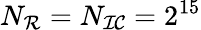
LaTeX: N_{\mathcal{R}}=N_{\mathcal{IC}}=2^{15}